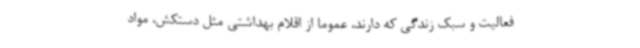
فعالیت و سبک زندگی که دارند، عموما از اقلام بهداشتی مثل دستکش، مواد